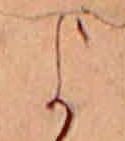
よ